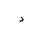
Letter: _dal